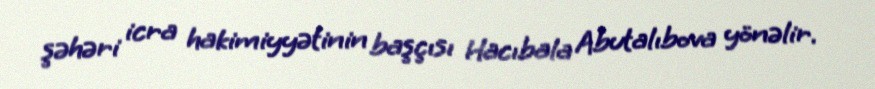
şəhəri icra hakimiyyətinin başçısı Hacıbala Abutalıbova yönəlir.